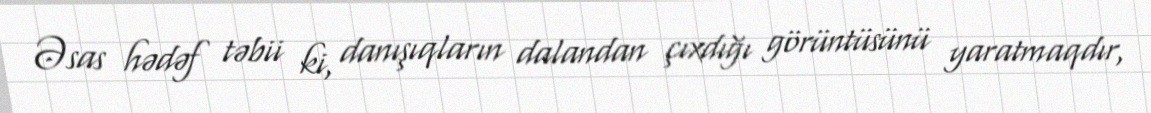
Əsas hədəf təbii ki, danışıqların dalandan çıxdığı görüntüsünü yaratmaqdır,